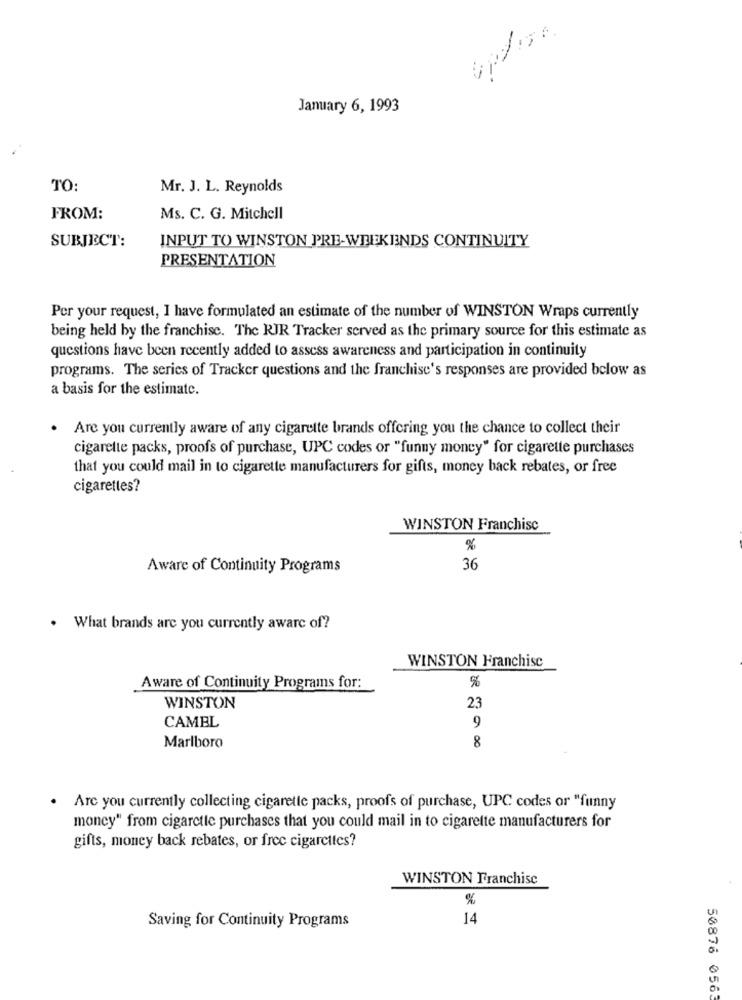
January 6, 1993
TO:
Mr. J. L. Reynolds
FROM:
Ms. C. G. Mitchell
SUBJECT:
INPUT TO WINSTON PRE-WEEKENDS CONTINUITY
PRESENTATION
Per your request, I have formulated an estimate of the number of WINSTON Wraps currently
being held by the franchise. The RIR Tracker served as the primary source for this estimate as
questions have been recently added to assess awareness and participation in continuity
programs. The series of Tracker questions and the franchise's responses are provided below as
a basis for the estimate.
. Are you currently aware of any cigarette brands offering you the chance to collect their
cigarette packs, proofs of purchase, UPC codes or "funny money" for cigarette purchases
that you could mail in to cigarette manufacturers for gifts, money back rebates, or free
cigarettes?
WINSTON Franchise
%
Aware of Continuity Programs
36
. What brands are you currently aware of?
WINSTON Franchise
%
Aware of Continuity Programs for:
WINSTON
23
9
CAMBL
8
Marlboro
. Are you currently collecting cigarette packs, proofs of purchase, UPC codes or "funny
money" from cigarette purchases that you could mail in to cigarette manufacturers for
gifts, money back rebates, or free cigarettes?
WINSTON Franchise
%
14
Saving for Continuity Programs
50876 056